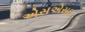
એસએસઇ